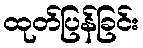
ထုတ်ပြန်ခြင်း